Annual administration report of the Civil Veterinary Department of India - 1907-1908
Year: 1907
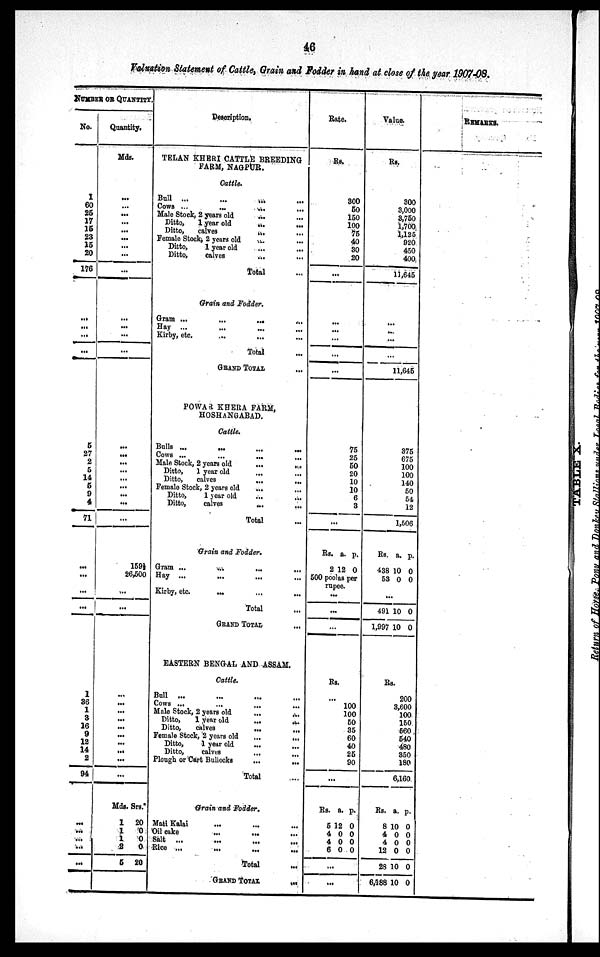
46
Valuation Statement of Cattle, Grain and Fodder in hand at close of the year 1907-08.
NUMBER OF QUANTITY.
No.
1
60
25
17
15
23
15
20
176
...
...
...
...
5
27
2
5
14
5
9
4
71
...
...
...
...
1
36
1
3
16
9
12
14
2
94
...
...
...
...
...
Quantity.
Mds.
...
...
...
...
...
...
...
...
...
...
...
...
...
...
...
...
...
...
...
...
...
...
159½
26,500
...
...
...
...
...
...
...
...
...
...
...
...
Mds.
1
1
1
2
5
Srs.
20
0
0
0
20
Description.
TELAN KHERI CATTLE BREEDING
FARM, NAGPUR.
Cattle.
Bull ... ... ... ... ...
Cows ...
...
...
...
Male Stock, 2 years old ... ...
Ditto,
1 year old
...
...
Ditto,
calves
...
...
Female Stock, 2 years old ... ...
Ditto,
1 year old ... ...
Ditto,
calves ... ...
Total ...
Grain and Fodder.
Gram ...
...
...
Hay ... ... ... ...
Kirby, etc.
...
... ... ...
Total ...
GRAND TOTAL ...
POWAR KHERA FARM,
HOSHANGABAD.
Cattle.
Bulls ...
... ... ...
Cows ...
...
...
Male Stock, 2 years old
...
...
Ditto,
1 year old ... ...
Ditto,
calves
...
...
Female Stock, 2 years old ... ...
Ditto,
1 year old
...
...
Ditto,
calves ... ...
Total ...
Grain and Fodder.
Gram ... ... ... ...
Hay ... ... ... ...
Kirby, etc.
... ... ...
Total ...
GRAND TOTAL ...
EASTERN BENGAL AND ASSAM.
Cattle.
Bull ... ... ... ... ...
Cows ...
...
...
...
Male Stock, 2 years old
...
...
Ditto,
1 year old
...
...
Ditto,
calves
...
...
Female Stock, 2 years old
...
...
Ditto,
1 year old
...
...
Ditto,
calves
...
Plough or Cart Bullocks
...
...
Total ...
Grain and Fodder.
Mati Kalai ... ... ...
Oil cake
...
...
...
Salt ...
Rice ...
...
...
...
Total ...
GRAND TOTAL ...
Rate
Rs.
300
50
150
100
75
40
30
20
...
...
...
...
...
...
75
25
50
20
10
10
6
3
...
Rs.
2
a.
12
p.
0
500 poolas per
rupee.
...
...
...
Rs.
...
100
100
50
35
60
40
25
90
...
Rs.
5
4
4
6
...
...
a.
12
0
0
0
p.
0
0
0
0
Value.
Rs.
300
3,000
3,750
1,700
1,125
920
450
400
11,645
...
...
...
...
11,645
375
675
100
100
140
50
54
12
1,506
Rs.
438
53
...
491
1,997
a.
10
0
10
10
p.
0
0
0
0
Rs.
200
3,600
100
150
560
540
480
350
180
6,160
Rs.
8
4
4
12
28
6,188
a.
10
0
0
0
10
10
p.
0
0
0
0
0
0
REMARKS.